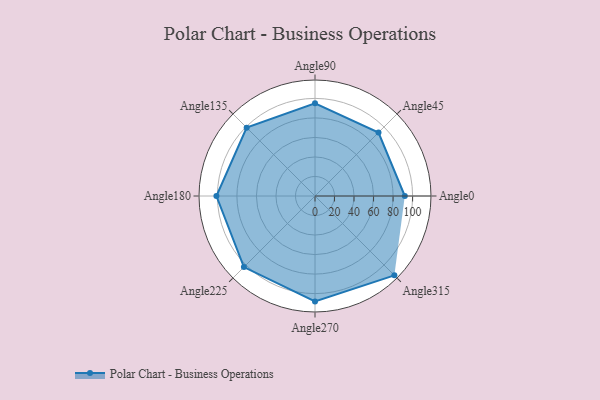
{"axis": {"x": "Angle", "y": "Radius"}, "legend": [""], "data": [{"x": "Angle0", "y": 92.0, "type": ""}, {"x": "Angle45", "y": 92.0, "type": ""}, {"x": "Angle90", "y": 95.0, "type": ""}, {"x": "Angle135", "y": 99.0, "type": ""}, {"x": "Angle180", "y": 101.0, "type": ""}, {"x": "Angle225", "y": 103.0, "type": ""}, {"x": "Angle270", "y": 108.0, "type": ""}, {"x": "Angle315", "y": 115.0, "type": ""}]}